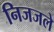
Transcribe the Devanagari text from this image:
निजजले